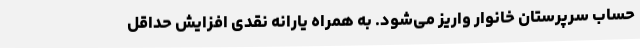
حساب سرپرستان خانوار واریز می‌شود. به همراه یارانه نقدی افزایش حداقل